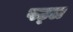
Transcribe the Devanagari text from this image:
पट्ल